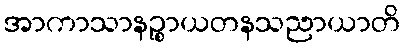
အာကာသာနဉ္စာယတနသညာယာတိ